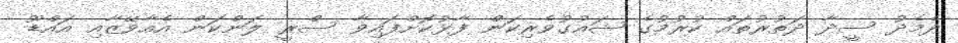
ދެމެދު ސީދާ ދަތުރުތައް ކުރުމުގެ ޝައުގުވެރިކަން ފާޅުކޮށްފައިވާ ސްރީ ލަންކަން އެއާވޭޒާއި އައްޑޫ